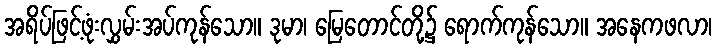
အရိပ်ဖြင့်ဖုံးလွှမ်းအပ်ကုန်သော။ ဒုမာ၊ မြေတောင်တို့၌ ရောက်ကုန်သော။ အနေကဖလာ၊